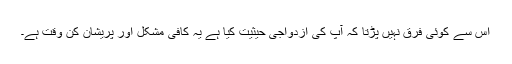
اس سے کوئی فرق نہیں پڑتا کہ آپ کی ازدواجی حیثیت کیا ہے یہ کافی مشکل اور پریشان کن وقت ہے۔